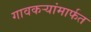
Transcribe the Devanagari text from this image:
गावकऱ्यांमार्फत